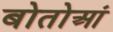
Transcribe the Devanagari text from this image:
बोतोआं